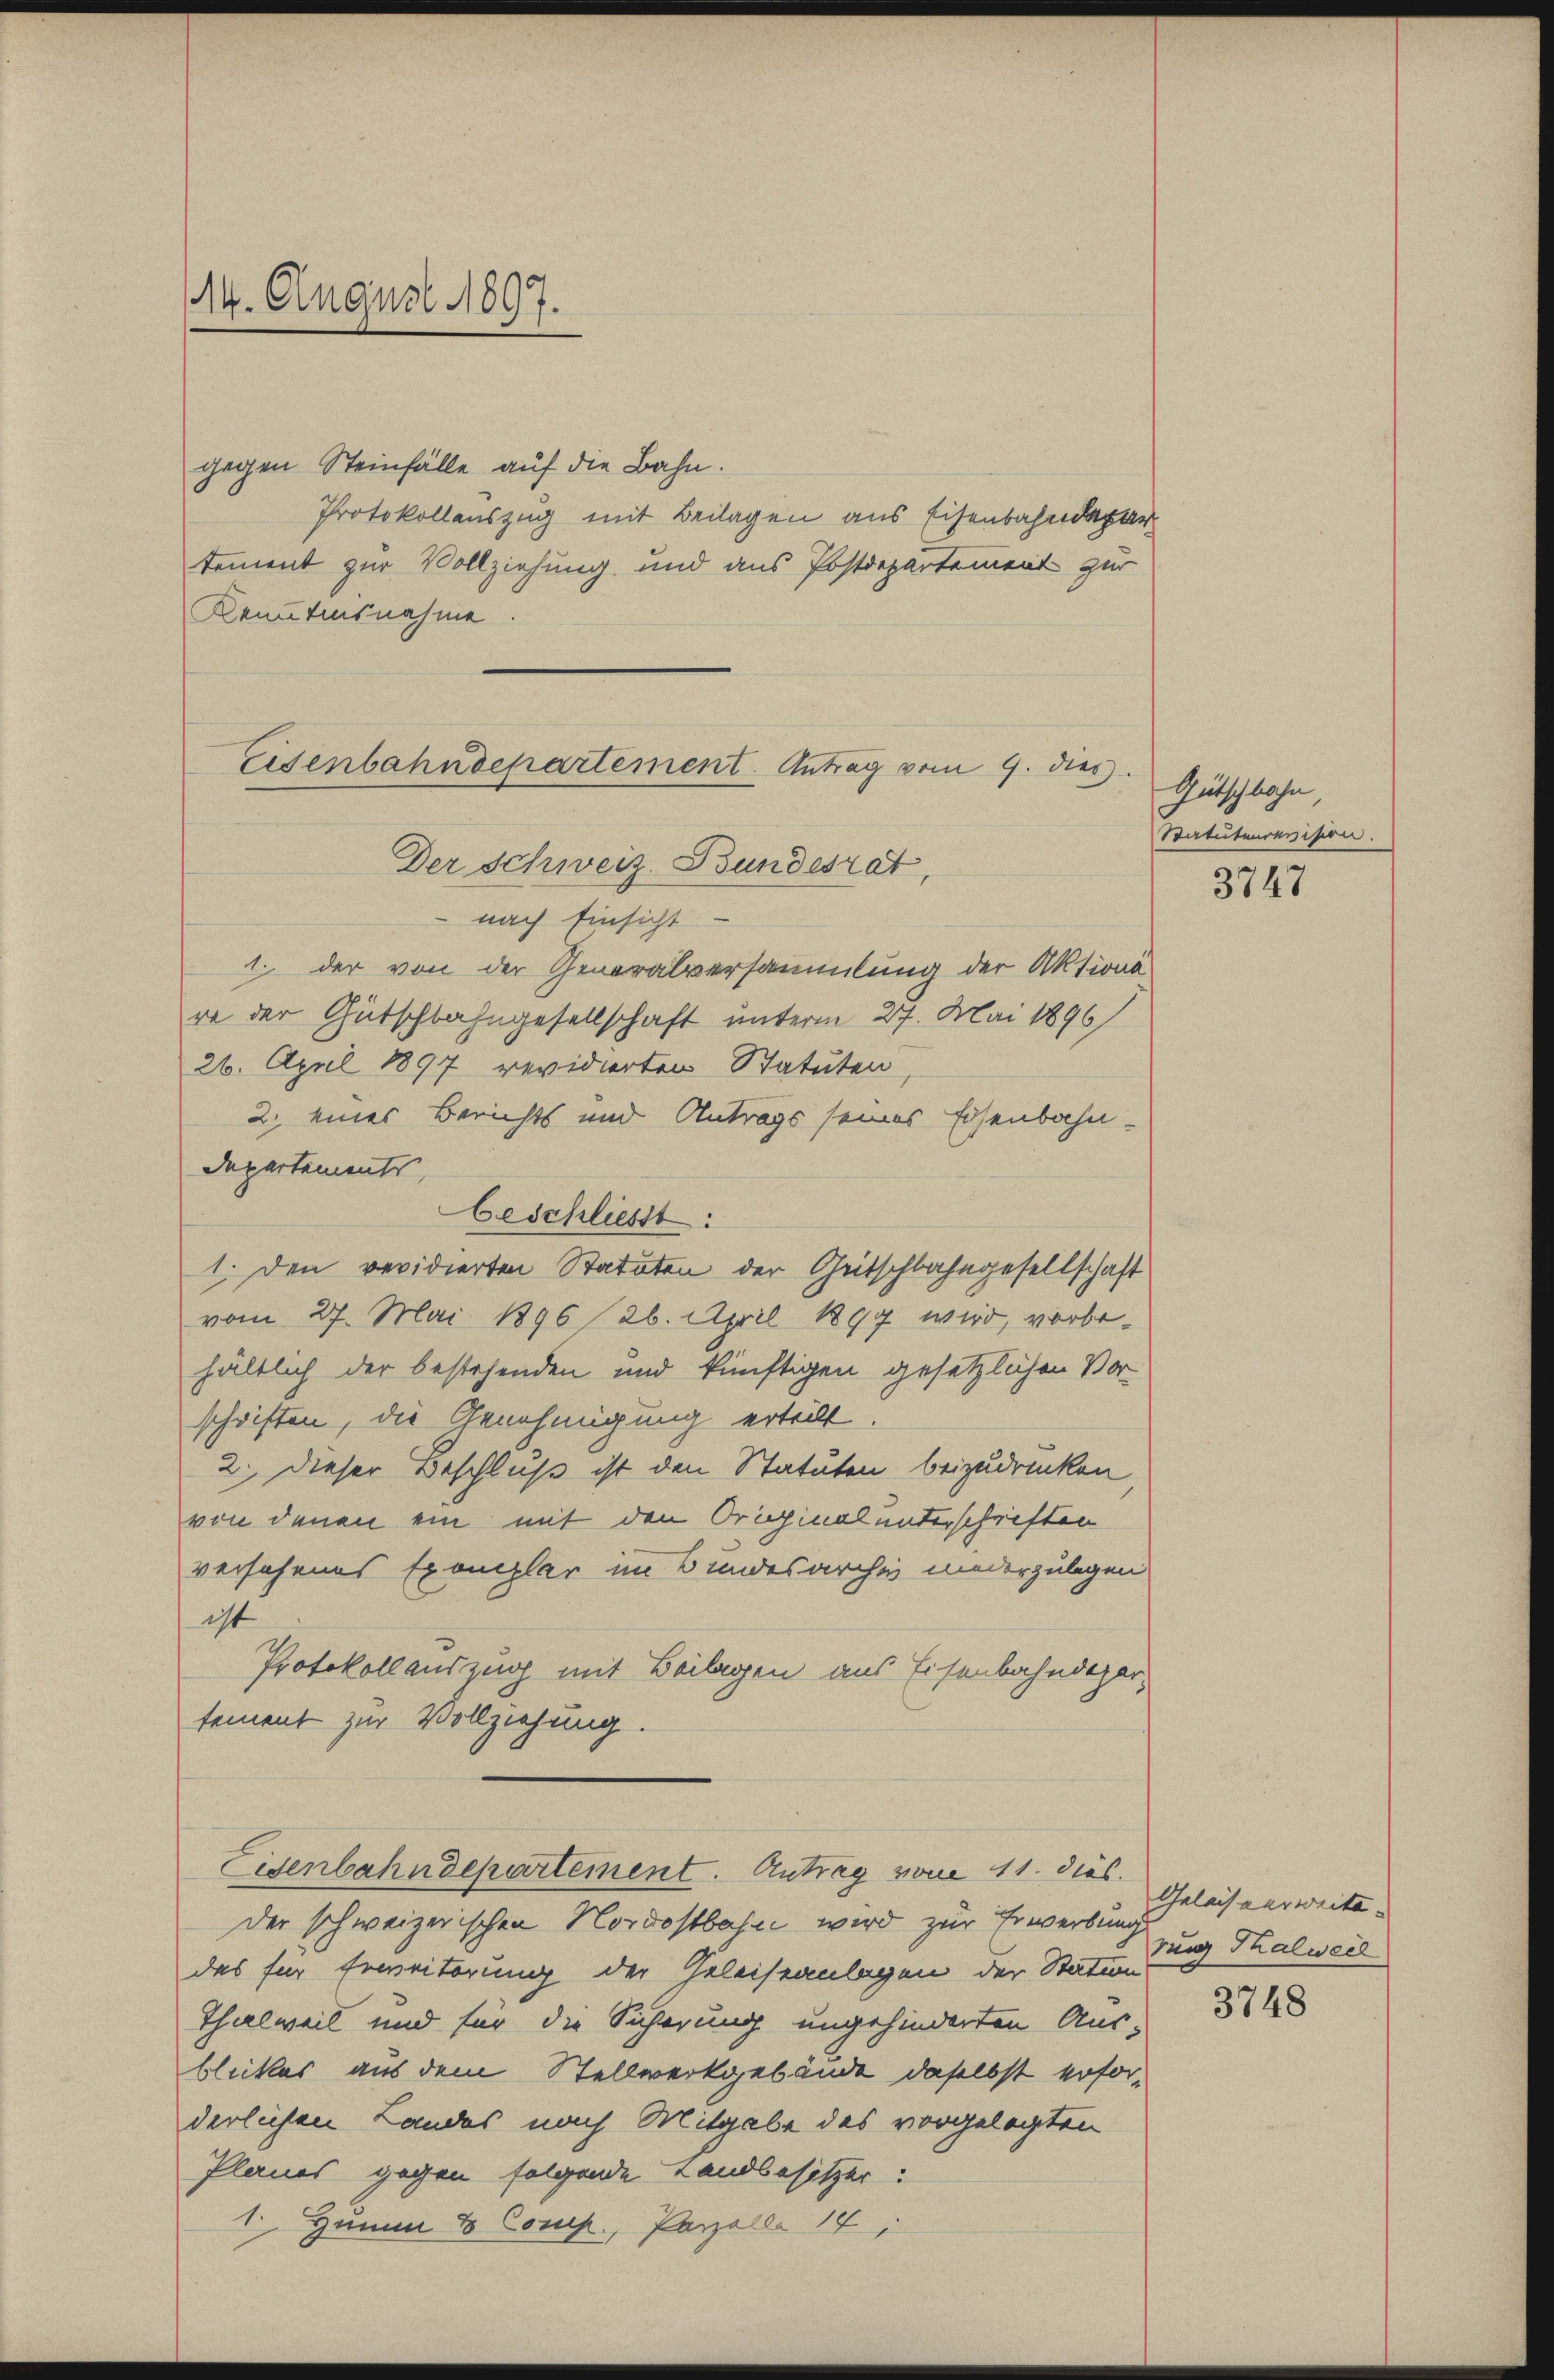
114. August 1897.

gegen Steinfälle auf die Bahn.
Protokollauszug mit Beilagen aus Eisenbahndepar
tement zur Vollziehung und aus Postdepartement zur
Kenntnisnahme

Eisenbahndepartement. Antrag vom 9. dies
Der Schweiz. Bundesrat,

nach Einsicht
1. der von der Generalversammlung der Aktions
re der Gutschbahngesellschaft unterm 27. Mai 1896
26. April 1897 revidierten Statuten,
2. eines Berichts und Antrags seines Eisenbahn-
Departements,
1. Den revidierten Statuten der Geitschbahngesellschaft
vom 27. Mai 1896 26. April 1899 wird, vorbehältlich der bestehenden und künftigen gesetzlichen Vor-
schriften, die Genehmigung erteilt
2. Dieser Beschluß ist den Statuten beizudrücken
von denen ein mit den Originalunterschriften
versehenes Exemplar im Bundesarchiv niederzulegen
ist
Protokollauszug mit Beilagen aus Eisenbahndepar-
tement zur Vollziehung.
Eisenbahndepartement. Antrag vom 11. des Geleisverweite.
der schweizerischen Nordostbahne wird zur Erwerbung
das für Erweiterung der Geleiseanlagen der Station
Thalweil und für die Sicherung ungehinderten Aus-
blickes aus dem Stellwerkgebäude daselbst erforderlichen Landes nach Mitgabe des vorgelegten
Planes gegen folgende Landbesitzer.
1. Hamm & Comp., Parzelle 14,

Geschliesst:

Gütschbahn
Statutenrevision.

3747

rung Thalweil

3748